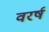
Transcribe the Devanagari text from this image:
वरर्ष